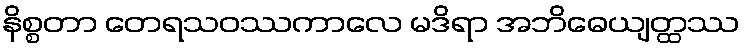
နိစ္စတာ တေရသဝဿကာလေ မဒိရာ အဘိဓေယျတ္ထဿ